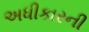
અધીકારની